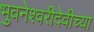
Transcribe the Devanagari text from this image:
भुवनेश्वरीदेवीच्या